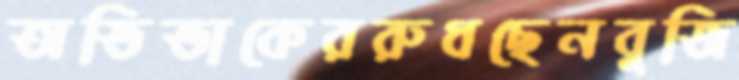
অভিভাকেররুধছেনবুজি